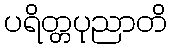
ပရိတ္တပုညာတိ